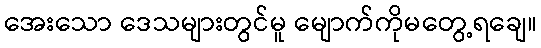
အေးသော ဒေသများတွင်မူ မျောက်ကိုမတွေ့ရချေ။